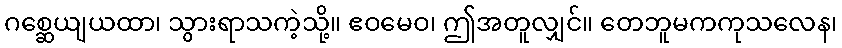
ဂစ္ဆေယျယထာ၊ သွားရာသကဲ့သို့။ ဧဝမေဝ၊ ဤအတူလျှင်။ တေဘူမကကုသလေန၊